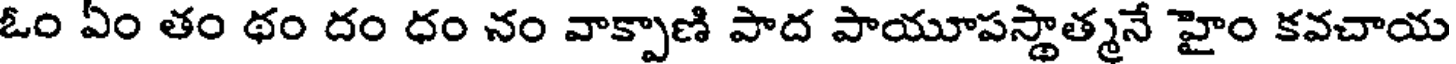
ఓం ఏం తం థం దం ధం నం వాక్పాణి పాద పాయూపస్థాత్మనే హైం కవచాయ